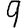
Digit: 9